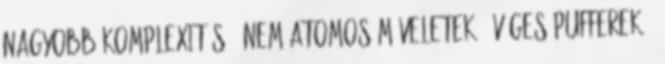
Nagyobb komplexitás ● Nem-atomos műveletek ● Véges pufferek –